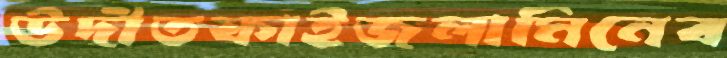
উদীতফাইজলামিনেব